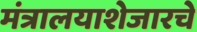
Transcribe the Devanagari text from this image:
मंत्रालयाशेजारचे